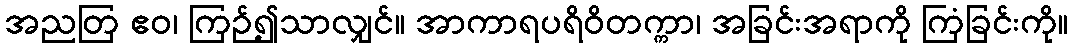
အညတြ ဧဝ၊ ကြဉ်၍သာလျှင်။ အာကာရပရိဝိတက္ကာ၊ အခြင်းအရာကို ကြံခြင်းကို။